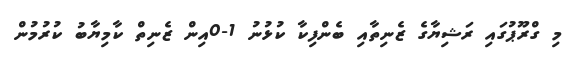
މި ގްރޫޕުގައި ރަޝިޔާގެ ޒެނިތާއި ބެންފިކާ ކުޅުނު 1-0އިން ޒެނިތް ކާމިޔާބު ކުރުމުން